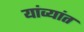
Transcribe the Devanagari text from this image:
यांव्यांत